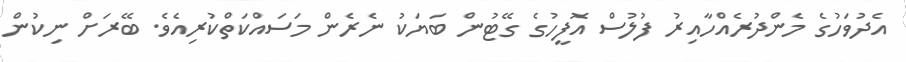
އެދުވަހުގެ މެންދުރެއްހާއިރު ފުލުސް އޮފީހުގެ ގޭޓުން ބަޔަކު ނެރެން މަސައްކަތްކުރިއެވެ. ބޭރަށް ނިކުން